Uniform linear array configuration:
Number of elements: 8
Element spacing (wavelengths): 1
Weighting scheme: hann
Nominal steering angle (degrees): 0
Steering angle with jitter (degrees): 1.063
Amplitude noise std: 0.05
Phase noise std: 0.05

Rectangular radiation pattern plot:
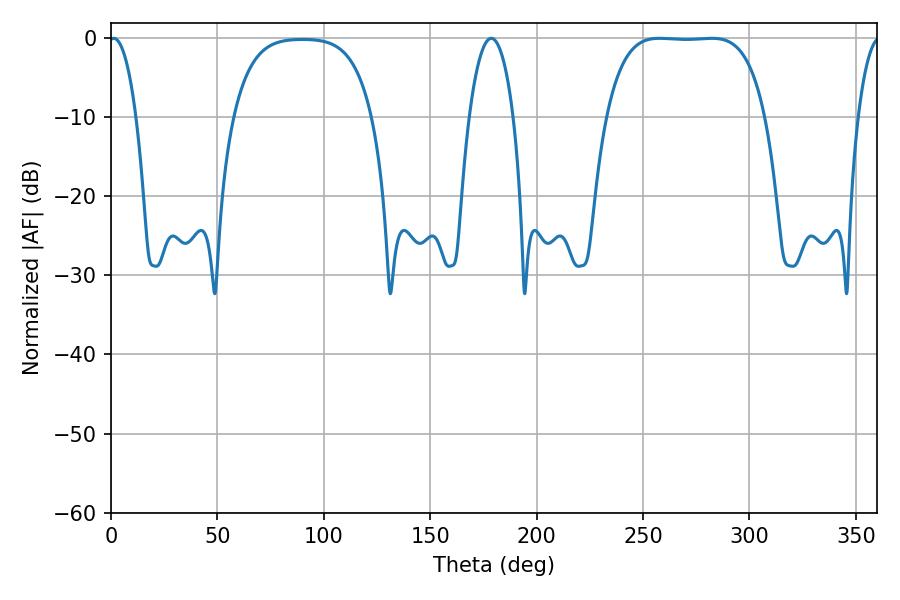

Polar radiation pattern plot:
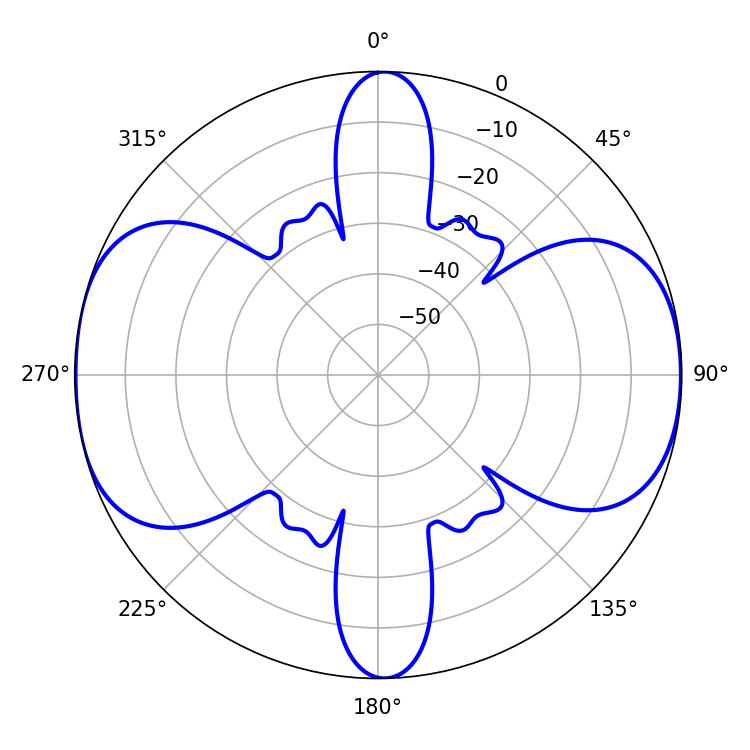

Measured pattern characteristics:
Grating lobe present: TRUE
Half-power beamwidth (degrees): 57.96
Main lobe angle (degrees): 282.24